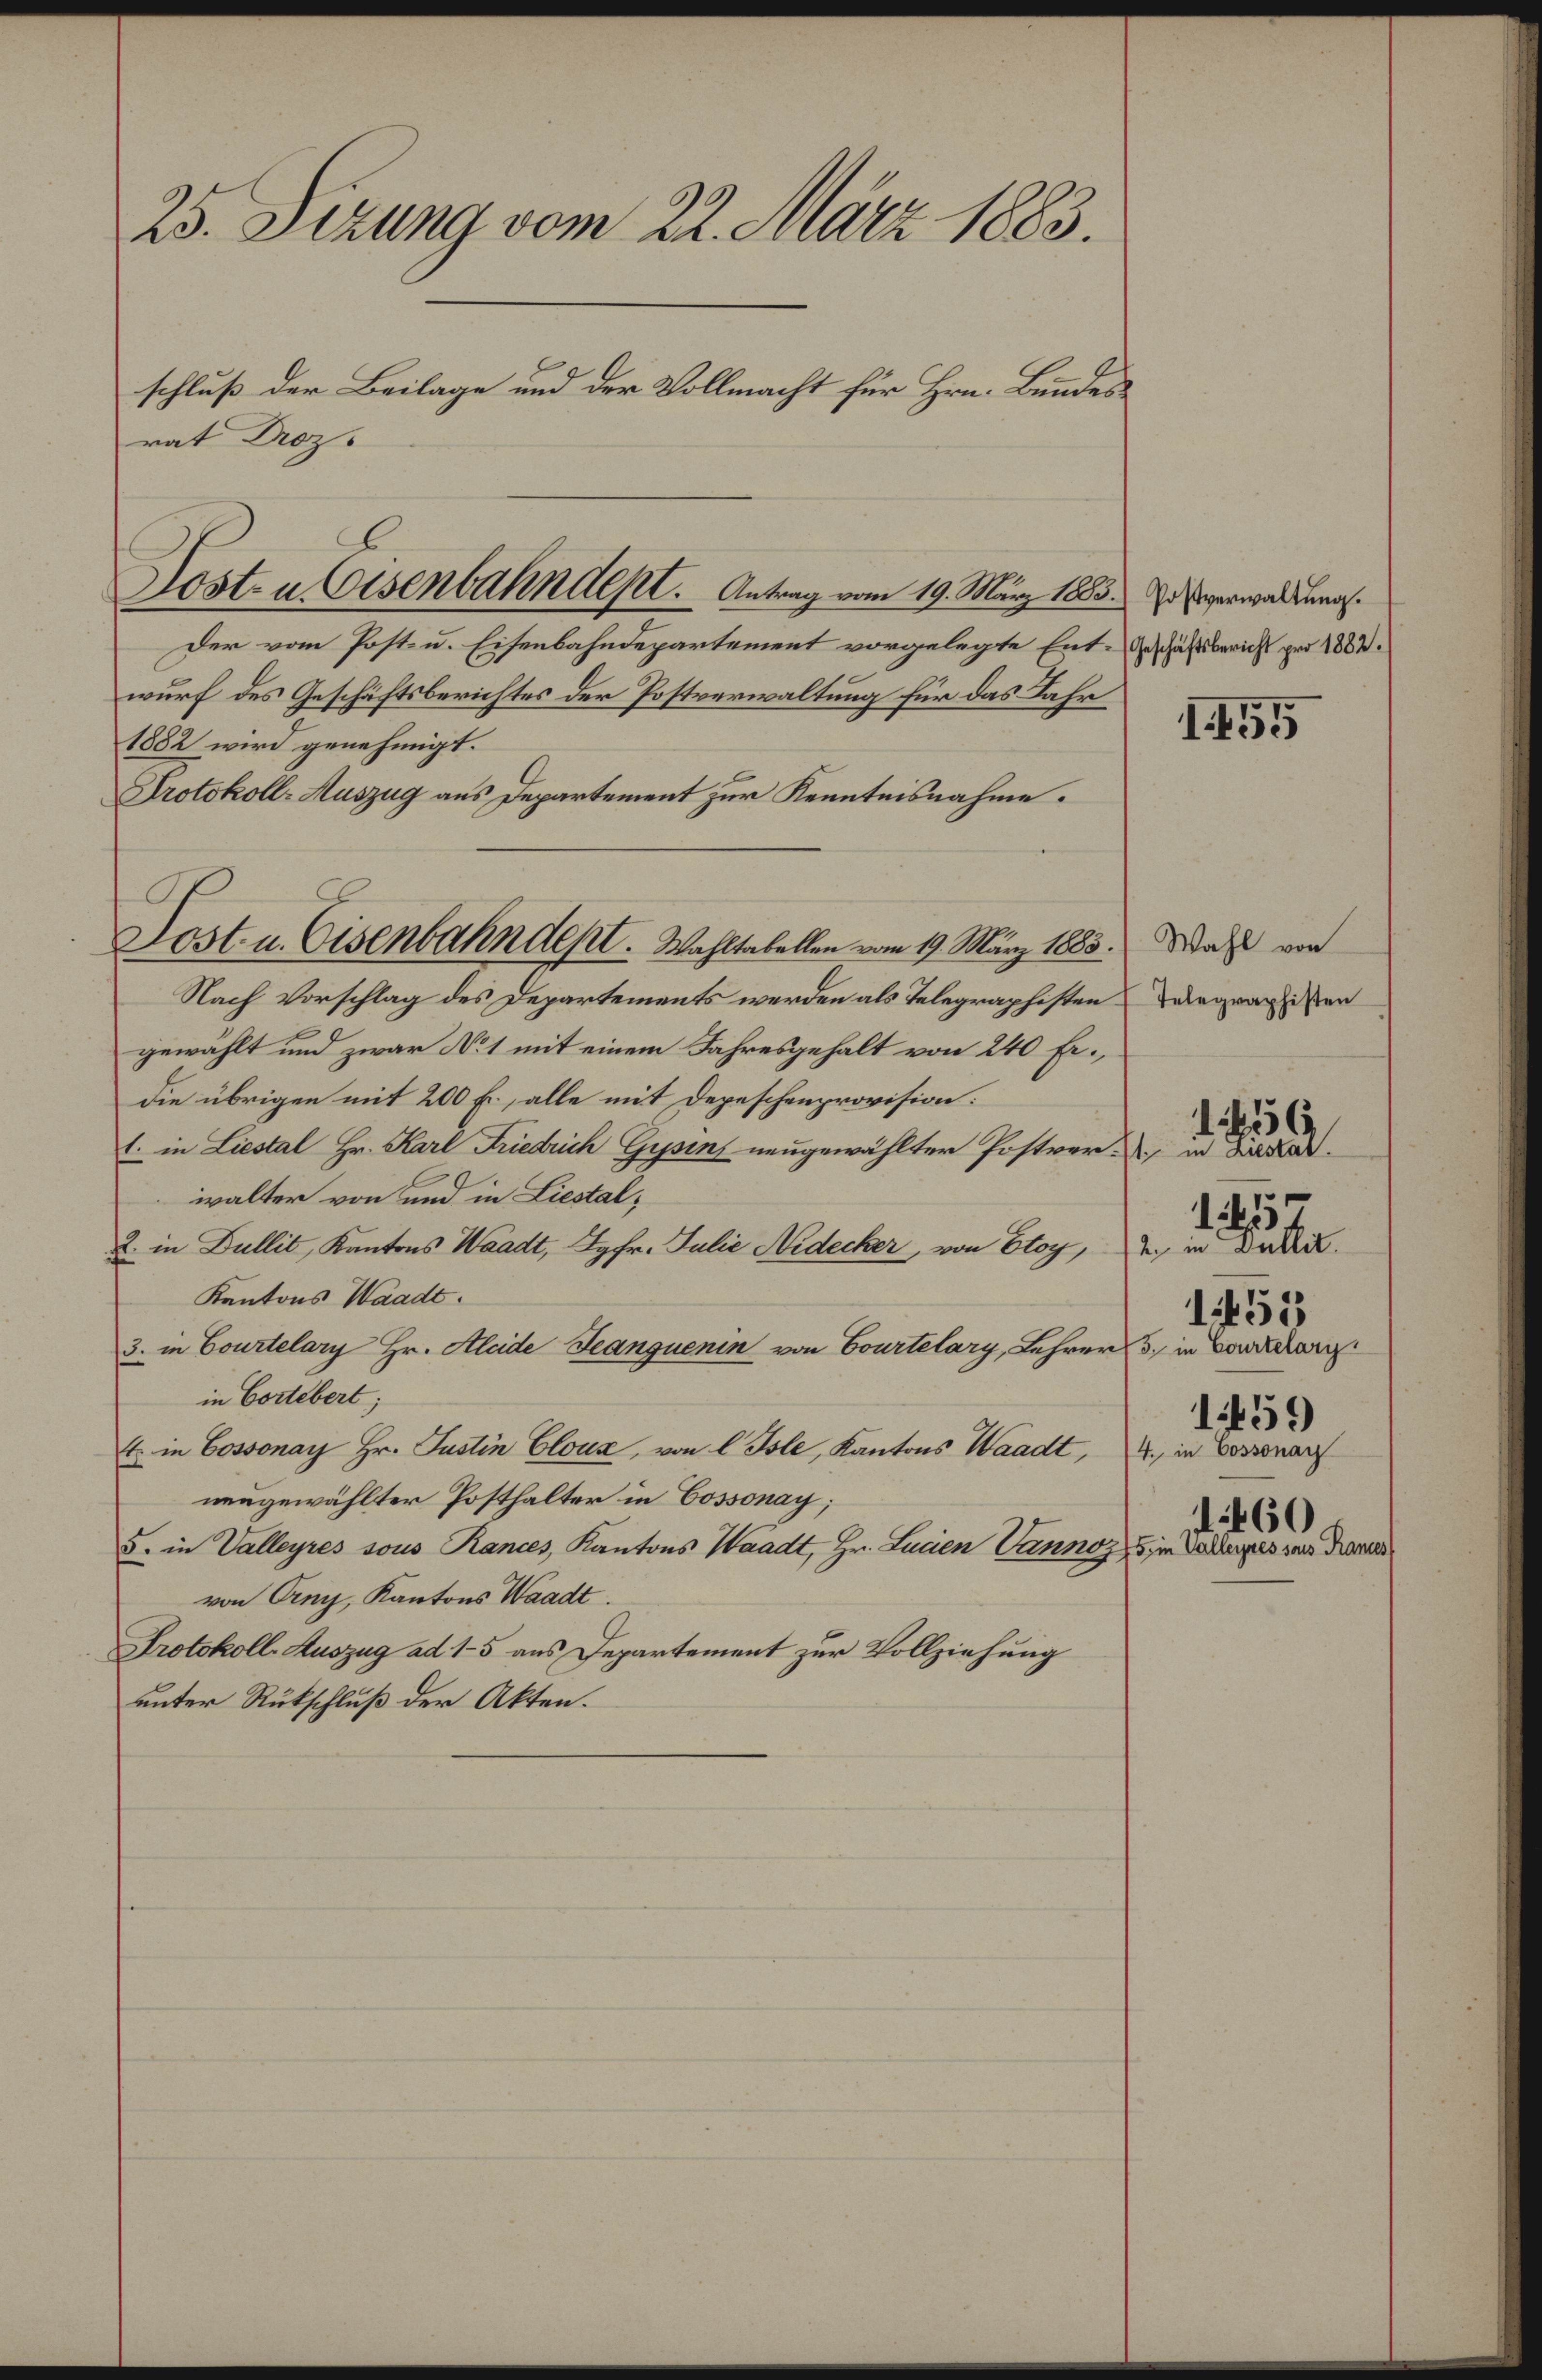
25. Firny vn 22Arr 18.
schlußs der Belage ud der olrnacht für Han Brden¬
rat Rz¬
Postrerwaltungs.
Pheschäftsbrancht zer 182.
1888
Jort. n tsendehnlstt. Aotag as 14 Neg 10
der vom Post. u. Eihenbahndepartement vorgelegte Ent¬
wurf des Geschäftberichte der Jostrrswallung Hir das Rase
182 wird genhmigt.
Dolkoll. tazag aus dezartement zur Kenteisrahme.
 Mahl vo
 Telegraphisten
Joaln ssenheahndeI. Waptelele an9 Näg 10.
Nach Vorschlag des Departements werden als Telegraphisten
gewahlt und zwar 1 mit einem Shregehalt von 240 fe.
die übrigen mit 200 b. alle mit dezeschnporsion.
1450
4 in Zitt.
. in Ladal Hr al Fisteik Gn wugewählten Postrer¬
walter von und in Legtal,
1a5
2 n Dallil
2. in Ballil, Kuntns Matt Rpfr. Sali Aidtcbr, von 6og,
Kentons Säte.
1450
7s in Bartelarg
. in Bonrelang Hr. ite Bcanzanin vn Bortlang Sehrer
in Beebal
1450
e in Benwnag
. in Bsanag Hr. agtie Eloas, vn  Sole, Kantns Vaadt,
naegewählter Posthalter in Boswonag,
1400
5ie alleipesian u
. in allgee ios Ranas Kantons Säatt Hr Lanen nnoz
von Ang, Kantons Väadl
tolkoll tazng ed 15 ars Deartement zur Vollziehung
unter Rtütschluß der Alten.